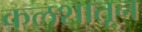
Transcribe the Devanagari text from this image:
कलशातून